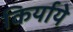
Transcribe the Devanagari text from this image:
किर्याये